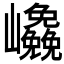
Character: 𭗹